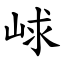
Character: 㟈